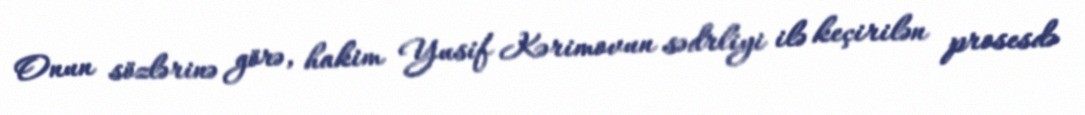
Onun sözlərinə görə, hakim Yusif Kərimovun sədrliyi ilə keçirilən prosesdə